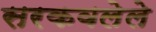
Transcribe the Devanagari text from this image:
सरकवलेले